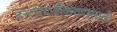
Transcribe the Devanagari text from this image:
दस्तऐवजीकरणासाठी